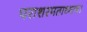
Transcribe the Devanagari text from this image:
पराशरमताध्याय।